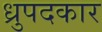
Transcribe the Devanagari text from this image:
ध्रुपदकार